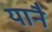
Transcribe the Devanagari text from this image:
यानै